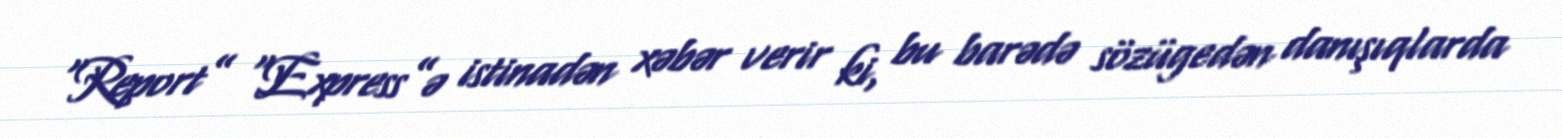
“Report” “Express”ə istinadən xəbər verir ki, bu barədə sözügedən danışıqlarda